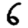
Digit: 6